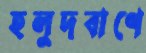
হলুদবাণে